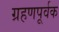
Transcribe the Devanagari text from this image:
ग्रहणपूर्वक